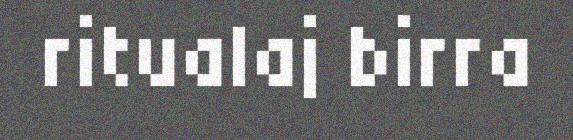
ritualaj birra